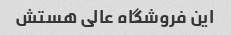
این فروشگاه عالی هستش